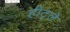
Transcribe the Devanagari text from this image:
हीट्ले